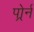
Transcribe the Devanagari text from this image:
पोर्र्न